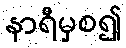
နာရီမှစ၍